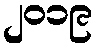
၂၀၁၉